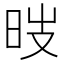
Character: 㫞